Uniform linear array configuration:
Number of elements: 24
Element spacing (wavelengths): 0.75
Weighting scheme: kaiser
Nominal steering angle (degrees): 15
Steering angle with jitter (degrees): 14.645
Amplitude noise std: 0.05
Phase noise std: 0.05

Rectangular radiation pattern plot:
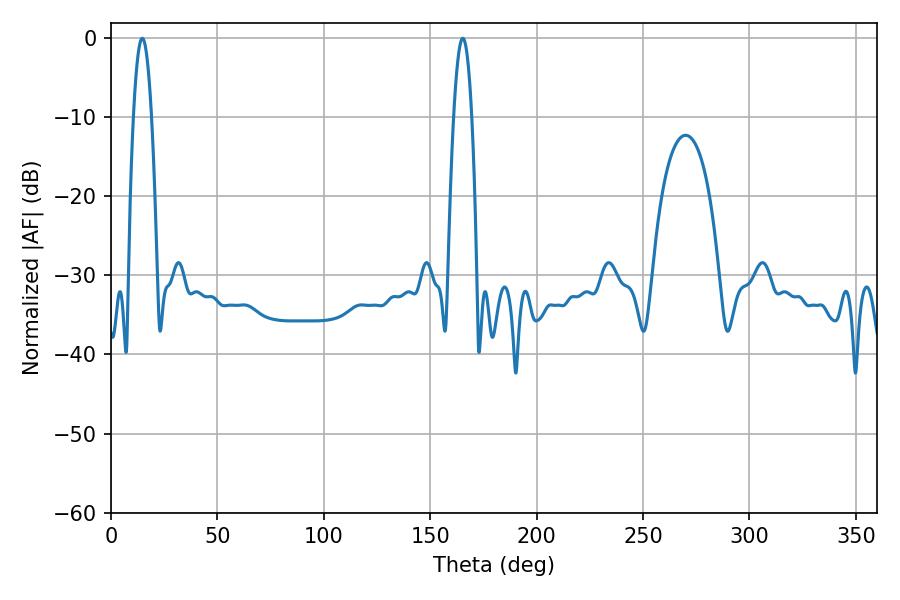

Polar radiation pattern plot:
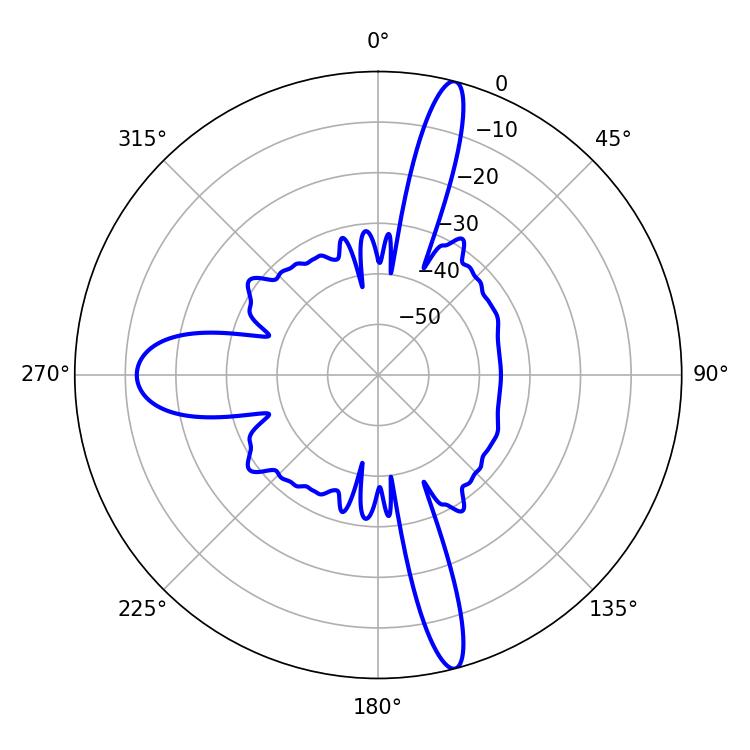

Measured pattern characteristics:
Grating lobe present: TRUE
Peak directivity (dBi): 18.335
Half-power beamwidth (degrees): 4.68
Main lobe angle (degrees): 14.76